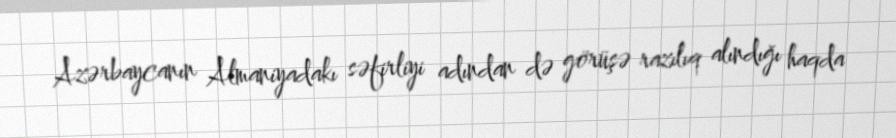
Azərbaycanın Almaniyadakı səfirliyi adından də görüşə razılıq alındığı haqda